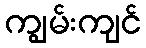
ကျွမ်းကျင်